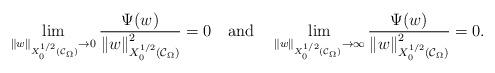
LaTeX: \begin{align*}\lim_{\left\|w\right\|_{X^{1/2}_0(\mathcal{C}_\Omega)}\to 0}\frac{\Psi(w)}{\left\|w\right\|^2_{X^{1/2}_0(\mathcal{C}_\Omega)}} =0\,\,\,\,\,\,{\rm and}\,\,\,\,\,\, \lim_{\left\|w\right\|_{X^{1/2}_0(\mathcal{C}_\Omega)}\to \infty}\frac{\Psi(w)}{\left\|w\right\|^2_{X^{1/2}_0(\mathcal{C}_\Omega)}}=0.\end{align*}